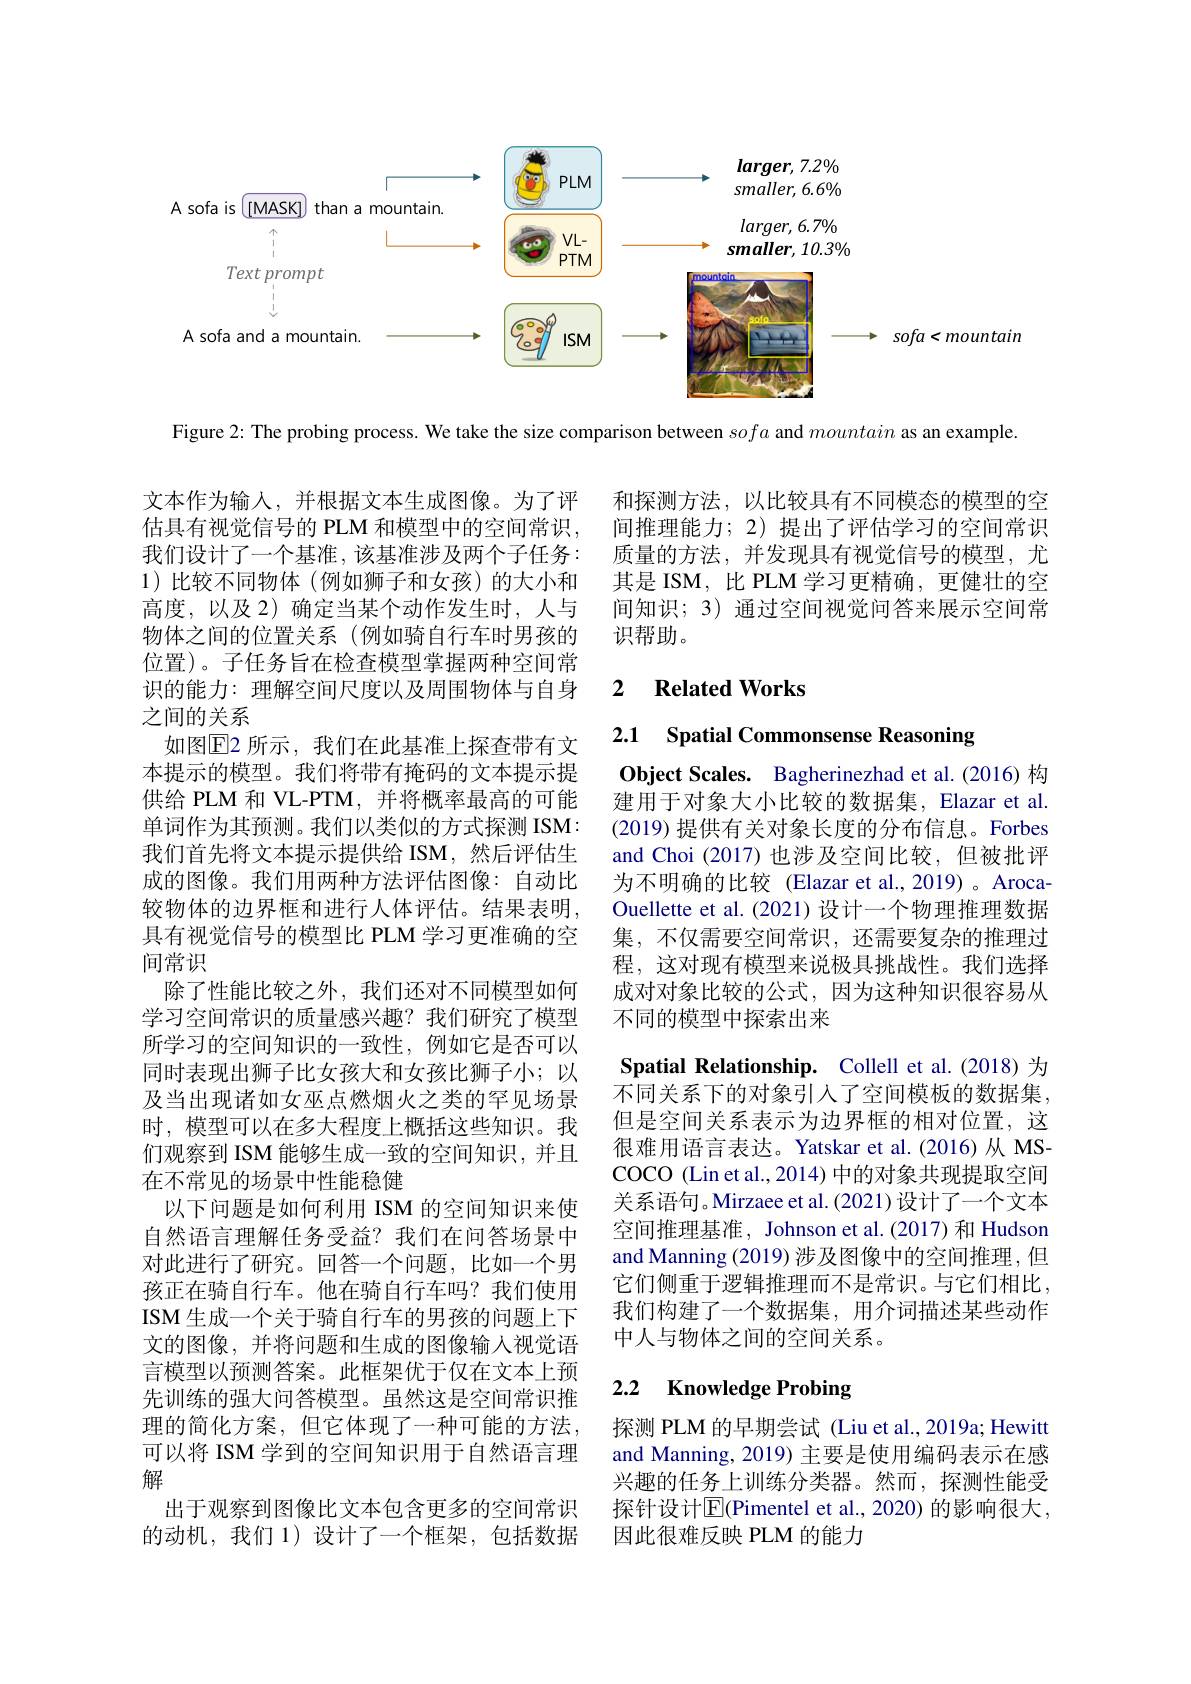
<FigureHere>

Figure 2: The probing process. We take the size comparison between sofa and mountain as an example

和探测方法，以比较具有不同模态的模型的空间推理能力；2)提出了评估学习的空间常识质量的方法，并发现具有视觉信号的模型，尤其是 ISM, 比 PLM 学习更精确，更健壮的空间知识；3)通过空间视觉问答来展示空间常识帮助。

### 2 $\textbf{Related Works}$

2.1 Spatial Commonsense Reasoning

Object Scales. Bagherinezhad et al.(2016)构建用于对象大小比较的数据集，Elazar et al. (2019)提供有关对象长度的分布信息。Forbes and Choi (2017)也涉及空间比较，但被批评为不明确的比较(Elazar et al.,2019)。ArocaOuellette et al.(2021)设计一个物理推理数据集，不仅需要空间常识，还需要复杂的推理过程，这对现有模型来说极具挑战性。我们选择成对对象比较的公式，因为这种知识很容易从不同的模型中探索出来

文本作为输入，并根据文本生成图像。为了评估具有视觉信号的 PLM 和模型中的空间常识， 我们设计了一个基准，该基准涉及两个子任务： 1)比较不同物体(例如狮子和女孩)的大小和高度，以及 2) 确定当某个动作发生时，人与物体之间的位置关系(例如骑自行车时男孩的位置)。子任务旨在检查模型掌握两种空间常识的能力：理解空间尺度以及周围物体与自身之间的关系
如图E2 所示，我们在此基准上探查带有文本提示的模型。我们将带有掩码的文本提示提供给 PLM 和 VL-PTM, 并将概率最高的可能单词作为其预测。我们以类似的方式探测 ISM: 我们首先将文本提示提供给 ISM,然后评估生成的图像。我们用两种方法评估图像：自动比较物体的边界框和进行人体评估。结果表明具有视觉信号的模型比 PLM 学习更准确的空间常识
除了性能比较之外，我们还对不同模型如何学习空间常识的质量感兴趣？我们研究了模型所学习的空间知识的一致性，例如它是否可以同时表现出狮子比女孩大和女孩比狮子小；以及当出现诸如女巫点燃烟火之类的罕见场景时，模型可以在多大程度上概括这些知识。我们观察到 ISM 能够生成一致的空间知识，并且在不常见的场景中性能稳健
以下问题是如何利用 ISM 的空间知识来使自然语言理解任务受益？我们在问答场景中对此进行了研究。回答一个问题，比如一个男孩正在骑自行车。他在骑自行车吗？我们使用ISM生成一个关于骑自行车的男孩的问题上下文的图像，并将问题和生成的图像输入视觉语言模型以预测答案。此框架优于仅在文本上预先训练的强大问答模型。虽然这是空间常识推理的简化方案，但它体现了一种可能的方法， 可以将 ISM 学到的空间知识用于自然语言理解
出于观察到图像比文本包含更多的空间常识的动机，我们 1)设计了一个框架，包括数据

Spatial Relationship. Collell et al.(2018)为不同关系下的对象引入了空间模板的数据集， 但是空间关系表示为边界框的相对位置，这很难用语言表达。Yatskar et al.(2016) 从 MSCOCO (Lin et al., 2014) 中的对象共现提取空间关系语句。Mirzaee et al.(2021)设计了一个文本空间推理基准，Johnson et al.(2017)和 Hudson and Manning (2019) 涉及图像中的空间推理，但它们侧重于逻辑推理而不是常识。与它们相比， 我们构建了一个数据集，用介词描述某些动作中人与物体之间的空间关系。

# 2.2 Knowledge Probing

探测 PLM 的早期尝试 (Liu et al.,2019a; Hewitt and Manning, 2019) 主要是使用编码表示在感兴趣的任务上训练分类器。然而，探测性能受探针设计$\overline{\mathbb{E}}$(Pimentel et al., 2020) 的影响很大， 因此很难反映 PLM 的能力